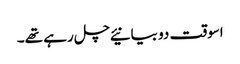
اسوقت دو بیانیئے چل رہے تھے۔